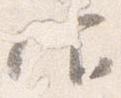
仰